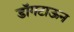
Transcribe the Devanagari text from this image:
डॉगटाऊन